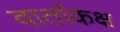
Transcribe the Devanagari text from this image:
वार्ताकक्ष